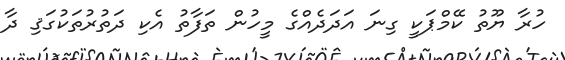
ހުރާ ޔޫތު ކޭމްޕަކީ ގިނަ އަދަދެއްގެ މީހުން ތަފާތު އެކި ދަތުރުތަކުގަޤި ދާ